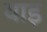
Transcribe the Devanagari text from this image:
याइ